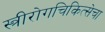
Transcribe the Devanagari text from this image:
स्त्रीरोगचिकित्सेचा